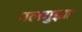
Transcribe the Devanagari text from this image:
मलगुझा